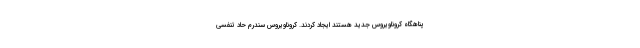
پناهگاه کروناویروس جدید هستند ایجاد کردند. کروناویروس سندرم حاد تنفسی